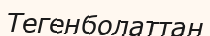
Тегенболаттан